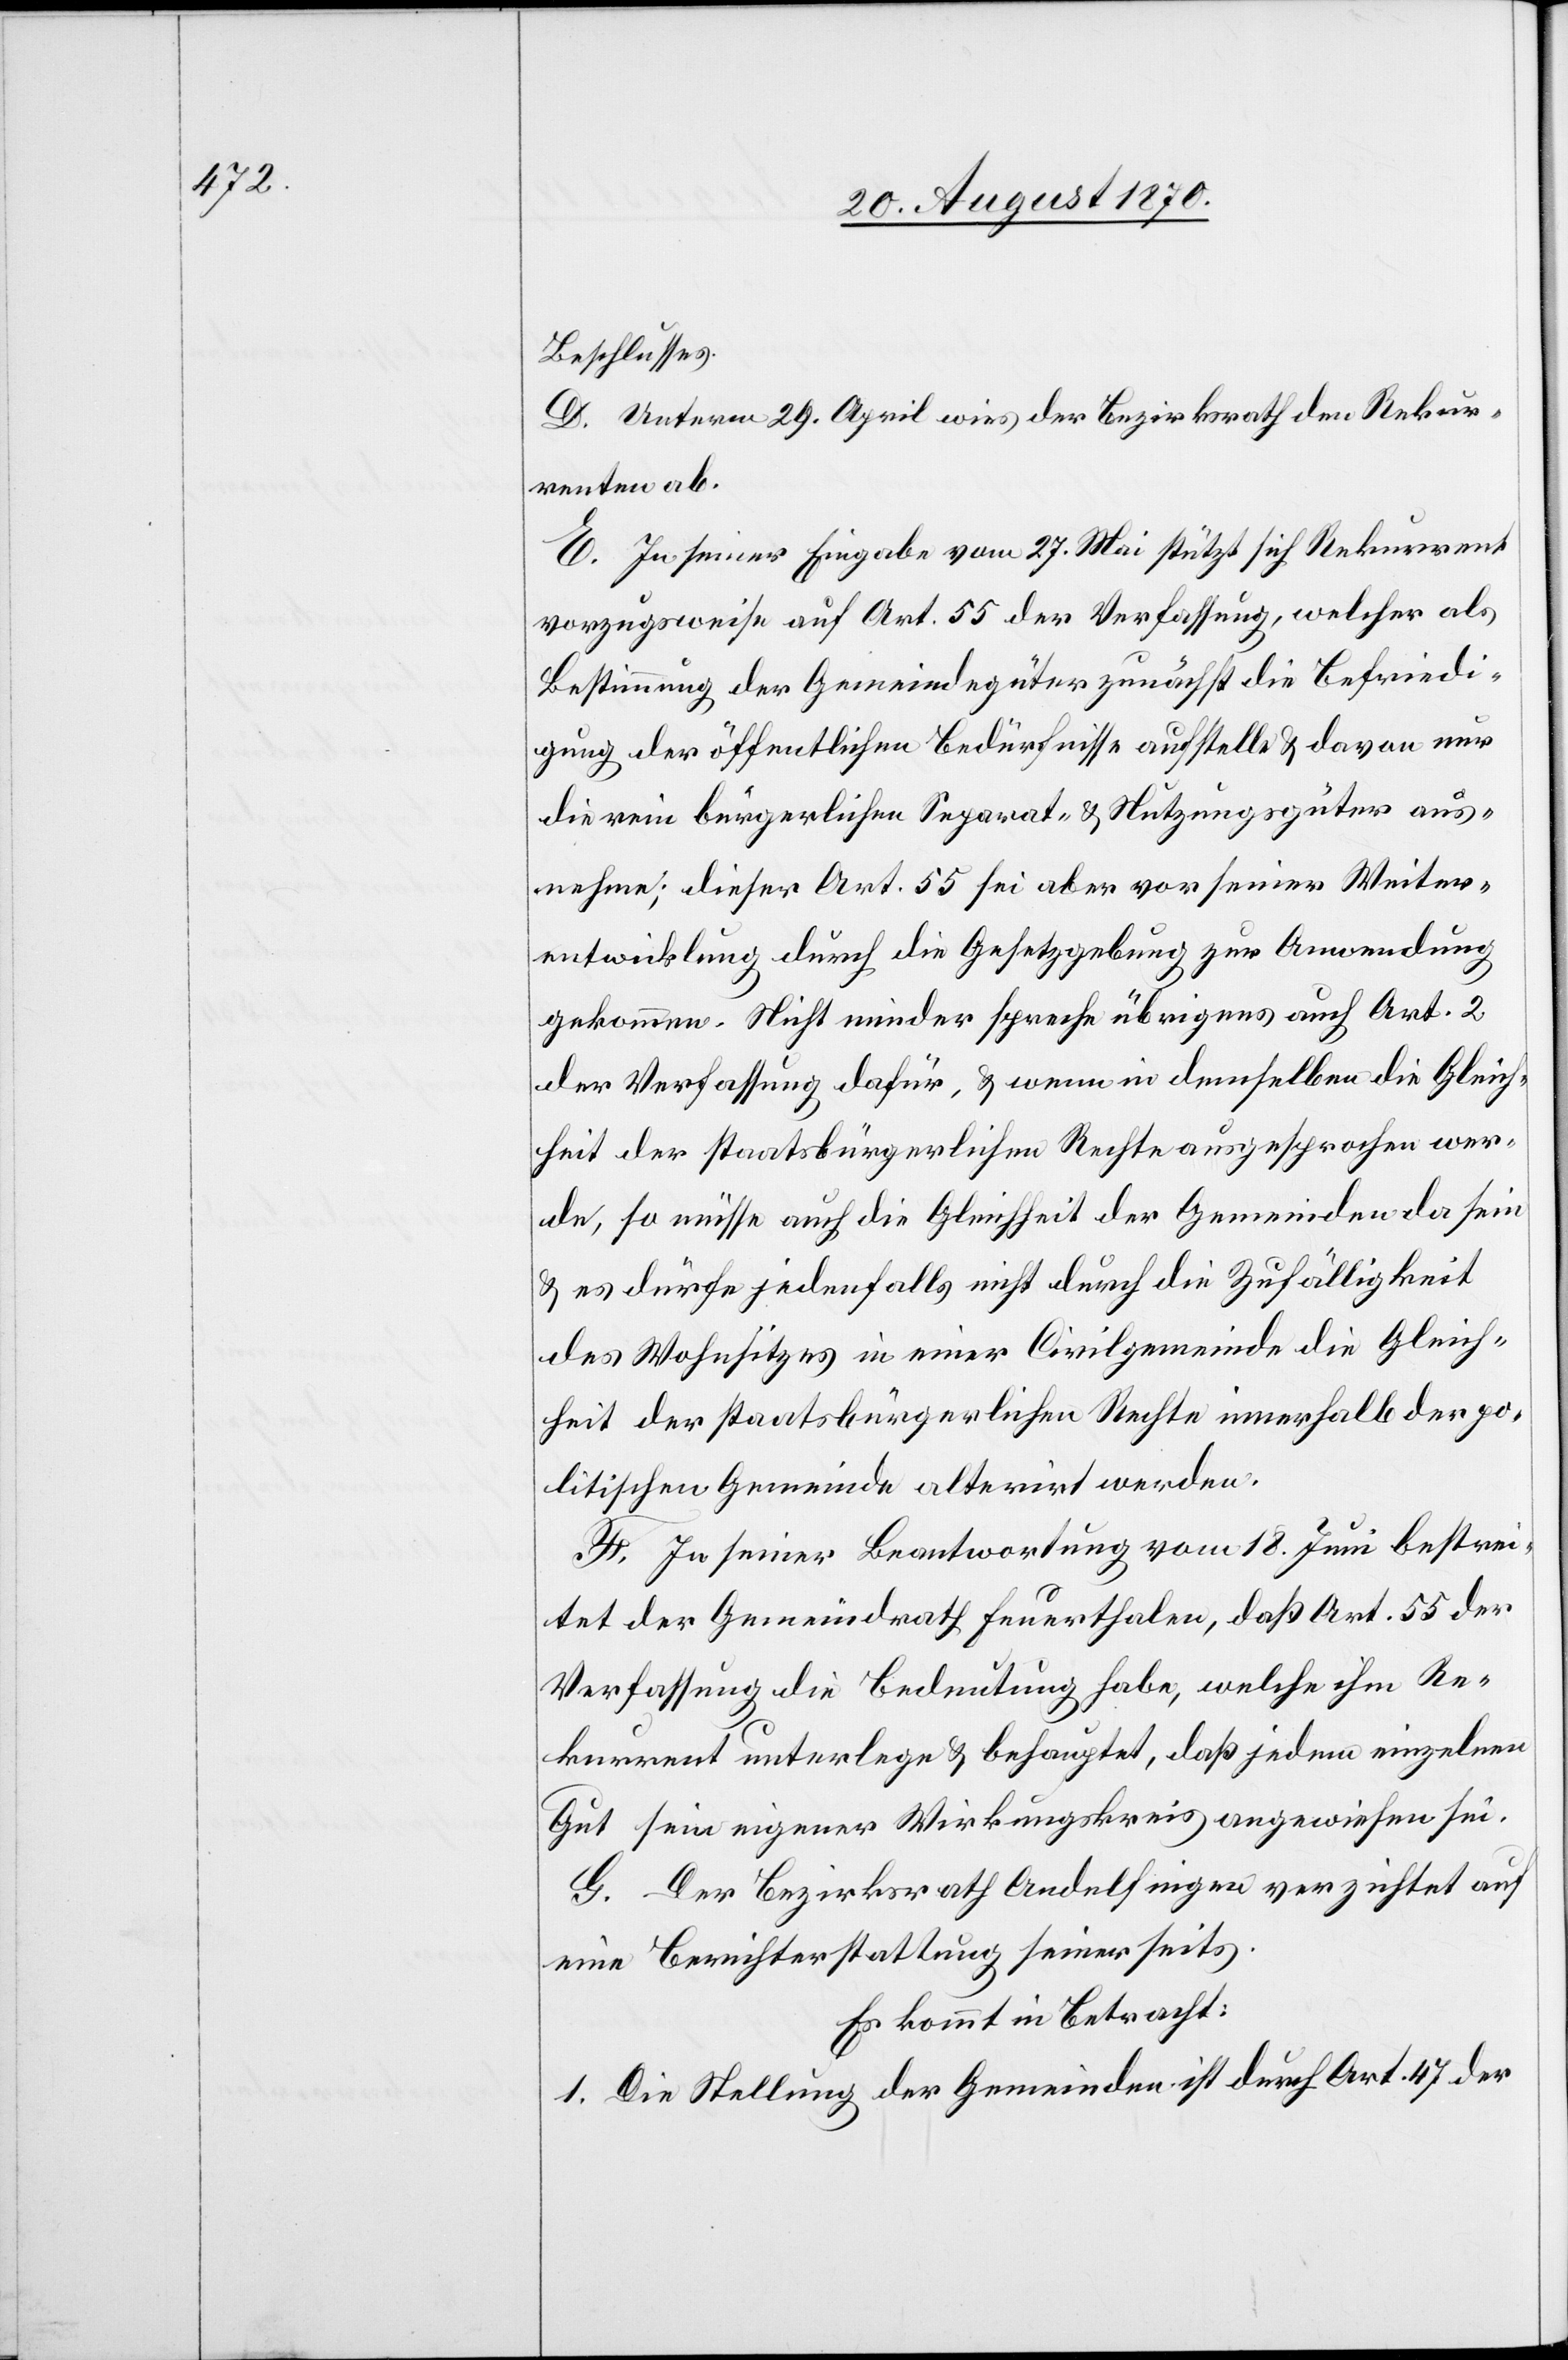
Beschlusses.
D. Unterm 29. April wies der Bezirksrath den Rekur¬
renten ab.
E. In seiner Eingabe vom 27. Mai stützt sich Rekurrent
vorzugsweise auf Art. 55 der Verfassung, welcher als
Bestimmung der Gemeindegüter zunächst die Befriedi¬
gung der öffentlichen Bedürfnisse aufstelle & davon nur
die rein bürgerlichen Separat- & Nutzungsgüter aus¬
nehme; dieser Art. 55 sei aber vor seiner Weiter¬
entwicklung durch die Gesetzgebung zur Anwendung
gekommen. Nicht minder spreche übrigens auch Art. 2
der Verfassung dafür, & wenn in demselben die Gleich¬
heit der staatsbürgerlichen Rechte ausgesprochen wer¬
de, so müsse auch die Gleichheit der Gemeinden da sein
& es dürfe jedenfalls nicht durch Zufälligkeit
des Wohnsitzes in einer Civilgemeinde die Gleich¬
heit der staatsbürgerlichen Rechte innerhalb der po¬
litischen Gemeine alternirt werden.
F. In seiner Beantwortung vom 18. Juni bestrei¬
tet der Gemeindrath Feuerthalen, daß Art. 55 der
Verfassung die Bedeutung habe, welche ihm Re¬
kurrent unterlege & behauptet, daß jedem einzelnen
Gut sein eigener Wirkungskreis angewiesen sei.
G. Der Bezirksrath Andelfingen verzichtet auf
eine Berichterstattung seinerseits.
Es kommt in Betracht:
1. Die Stellung der Gemeinden ist durch Art. 47 der